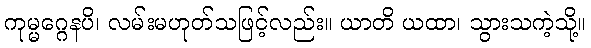
ကုမ္မဂ္ဂေနပိ၊ လမ်းမဟုတ်သဖြင့်လည်း။ ယာတိ ယထာ၊ သွားသကဲ့သို့။